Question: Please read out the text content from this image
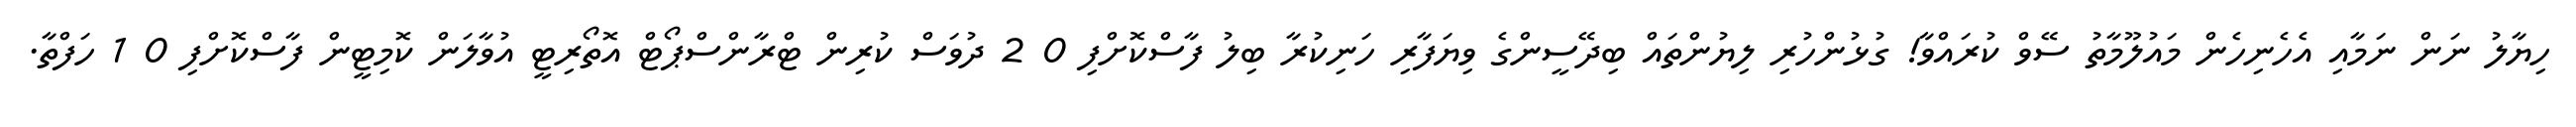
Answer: ހިޔާލު ނަން ނަމާއި އެހެނިހެން މައުލޫމާތު ސޭވް ކުރައްވާ! ގުޅުންހުރި ލިޔުންތައް ބިދޭސީންގެ ވިޔަފާރި ހަނިކުރާ ބިލު ފާސްކޮށްފި 0 2 ދުވަސް ކުރިން ޓްރާންސްޕޯޓް އޮތޯރިޓީ އުވާލަން ކޮމިޓީން ފާސްކޮށްފި 0 1 ހަފްތާ.